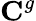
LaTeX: {\mathbf{C}}^{g}